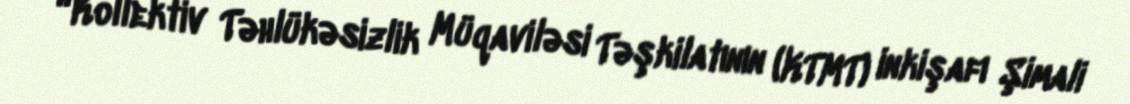
“Kollektiv Təhlükəsizlik Müqaviləsi Təşkilatının (KTMT) inkişafı Şimali